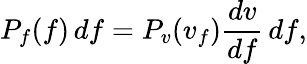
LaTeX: P_{f}(f)\, df=P_{v}(v_{f}){\frac{dv}{df}}\, df,